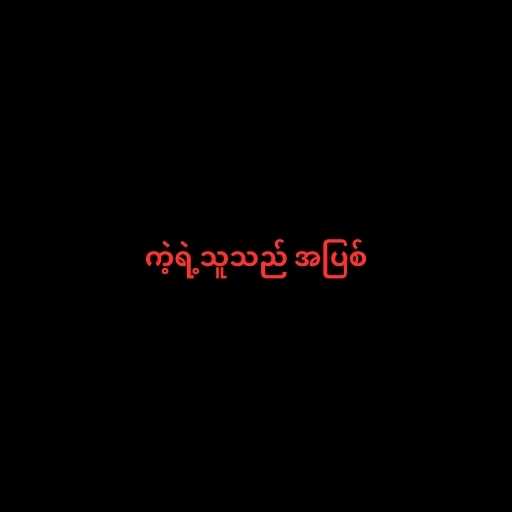
ကဲ့ရဲ့သူသည် အပြစ်